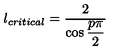
l _ { c r i t i c a l } = \displaystyle \frac { 2 } { \cos \displaystyle \frac { p \pi } { 2 } }